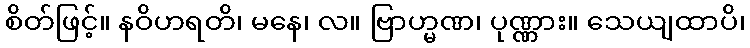
စိတ်ဖြင့်။ နဝိဟရတိ၊ မနေ၊ လ။ ဗြာဟ္မဏ၊ ပုဏ္ဏား။ သေယျထာပိ၊